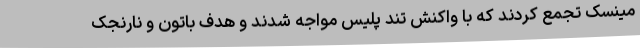
مینسک تجمع کردند که با واکنش تند پلیس مواجه شدند و هدف باتون و نارنجک